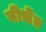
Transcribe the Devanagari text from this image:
बीचेंत